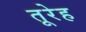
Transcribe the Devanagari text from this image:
तूरेह